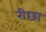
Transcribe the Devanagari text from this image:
रीछा